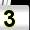
Digit: 3